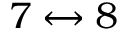
7 \leftrightarrow 8